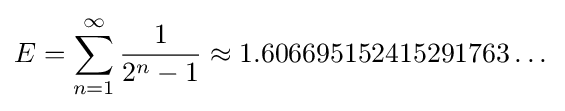
E=\sum _{n=1}^{\infty }{\frac {1}{2^{n}-1}}\approx 1.606695152415291763\dots